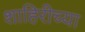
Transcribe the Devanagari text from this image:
शाहिरीच्या